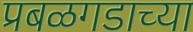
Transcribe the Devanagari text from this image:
प्रबळगडाच्या